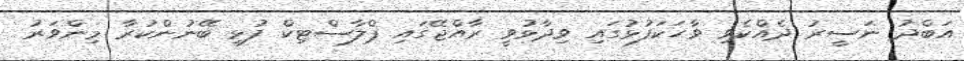
އަބްދު ނަސީރު ދެއްކެވި ވާހަކަފުޅުގައި ވިދާޅުވީ ރާއްޖޭގައި ޕްލާސްޓިކް ފުޅި ބޭނުންކުރާ މިންވަރު